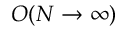
O ( N \to \infty )